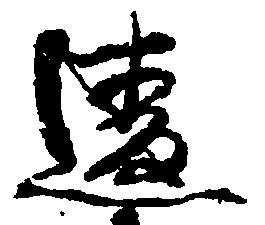
違